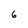
Character: 6